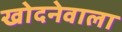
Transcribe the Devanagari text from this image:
खोदनेवाला